Leaving Certificate Examination, 1904
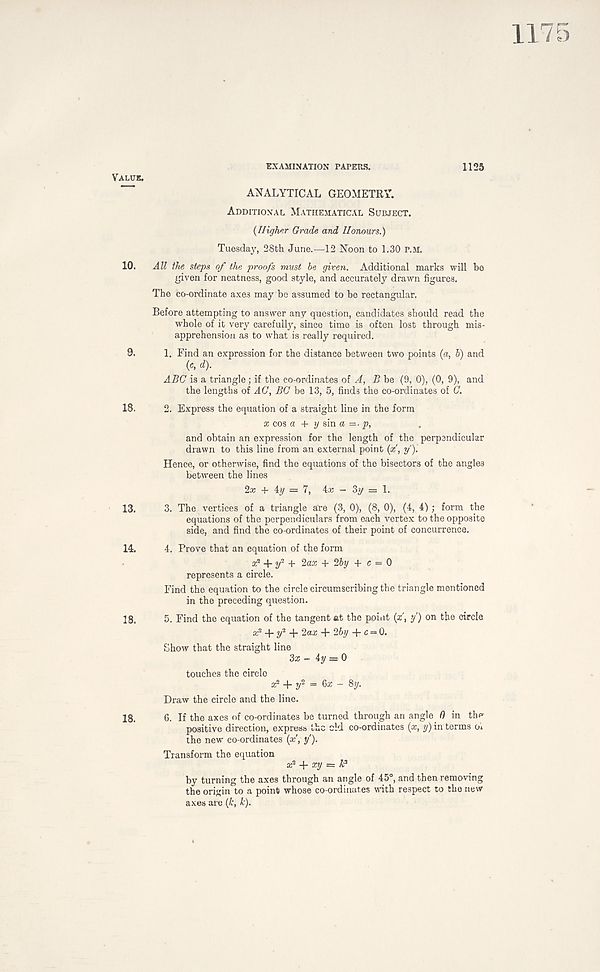
Value.
EXAMINATION PATERS.
1125
ANALYTICAL GEOMETRY.
Additional Mathematical Subject.
(IIigher Grade and Honours.)
Tuesday, 28th June.—12 Noon to 1.30 p.m.
10. All the steps of the proofs must be given. Additional marks will be
given for neatness, good style, and accurately drawn figures.
The co-ordinate axes may be assumed to be rectangular.
Before attempting to answer any question, candidates should read the
whole of it very carefully, since time is often lost through mis-
apprehension as to what is really required.
9. 1. Find an expression for the distance between two points (a, b) and
( C , d).
ABC is a triangle; if the co-ordinates of A, B be (9, 0), (0, 9), and
the lengths of AC, BC be 13, 5, finds the co-ordinates of C.
18. 2. Express the equation of a straight line in the form
a; cos a + y sin a =■ p,
and obtain an expression for the length of the perpendicular
drawn to this line from an external point (*' , y).
Hence, or otherwise, find the equations of the bisectors of the angles
between the lines
2x + iy = 7, - 3y = 1.
13. 3. The vertices of a triangle are (3, 0), (8, 0), (4, 4) ; form the
equations of the perpendiculars from each vertex to the opposite
side, and find the co-ordinates of their point of concurrence.
14. 4. Prove that an equation of the form
z 2 + 2/ 2 + 2«a: + 2&y + c = 0
represents a circle.
Find the equation to the circle circumscribing the triangle mentioned
in the preceding question.
18. 5. Find the equation of the tangent at the ppint (x, y) on the circle
^ + 2/ 2 + 2aa: + 26y + c = 0.
Show that the straight line
Zx - 4y = 0
touches the circle a 2 + 2/ 2 = 6a; - 8y.
Draw the circle and the line.
18. 6. If the axes of co-ordinates be turned through an angle 0 in tbf*
positive direction, express the eld co-ordinates (x, y) in terms o*
the new co-ordinates (x, y).
Transform the equation k 2 + ary =
by turning the axes through an angle of 45°, and then removing
the origin to a point whose co-ordinates with respect to the new
axes are (k, k).